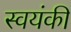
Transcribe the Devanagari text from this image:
स्वयंकी